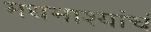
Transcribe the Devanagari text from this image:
मधमाश्यांचं